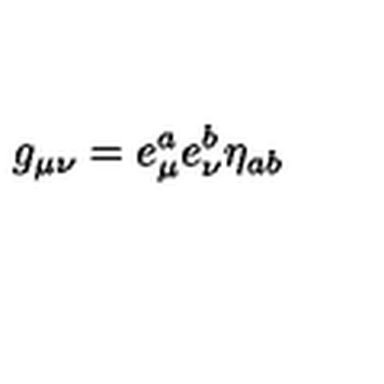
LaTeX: g _ { \mu \nu } = e _ { \mu } ^ { a } e _ { \nu } ^ { b } \eta _ { a b }